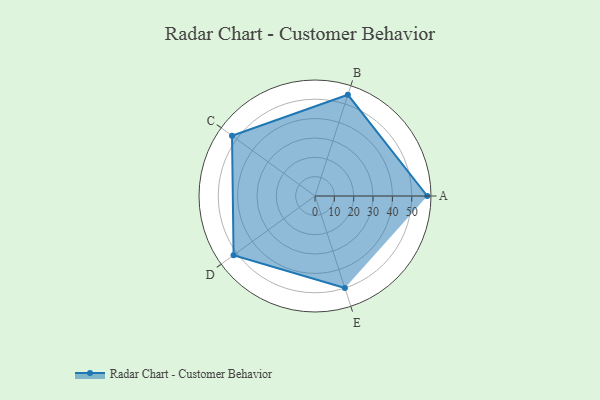
{"axis": {"x": "Skill", "y": "Score"}, "legend": ["Profile"], "data": [{"x": "A", "y": 58.0, "type": "Profile"}, {"x": "B", "y": 55.0, "type": "Profile"}, {"x": "C", "y": 53.0, "type": "Profile"}, {"x": "D", "y": 52.0, "type": "Profile"}, {"x": "E", "y": 50.0, "type": "Profile"}]}